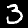
Label: 3